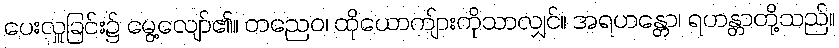
ပေးလှူခြင်း၌ မွေ့လျော်၏။ တညေဝ၊ ထိုယောကျ်ားကိုသာလျှင်။ အရဟန္တော၊ ရဟန္တာတို့သည်။